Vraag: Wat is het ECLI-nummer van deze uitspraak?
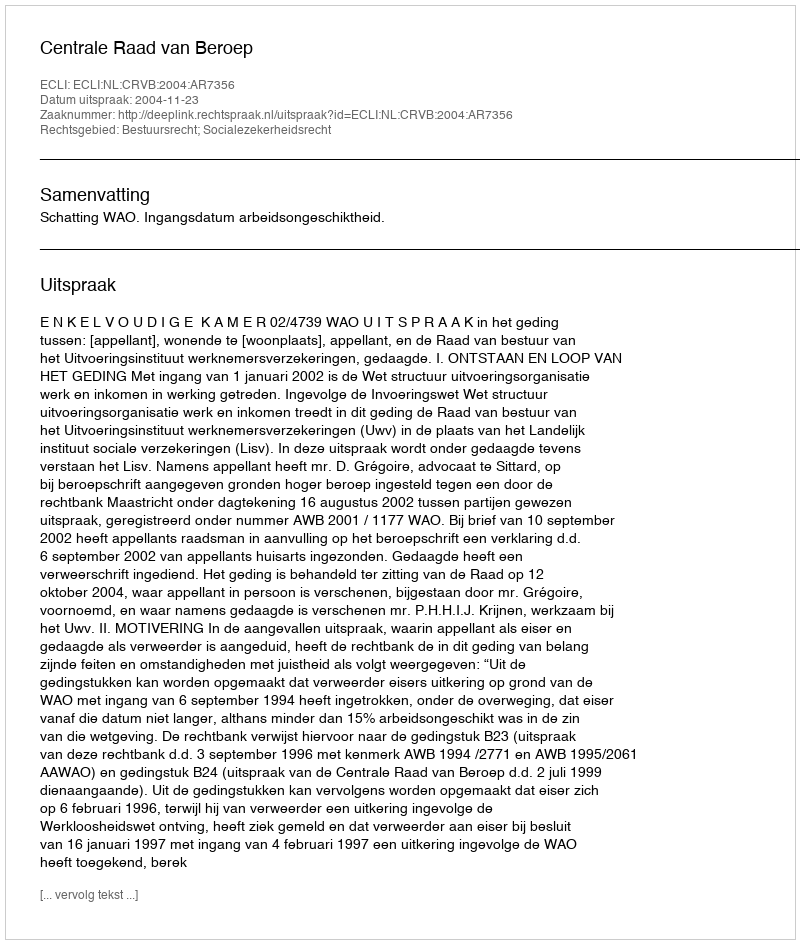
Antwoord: ECLI:NL:CRVB:2004:AR7356